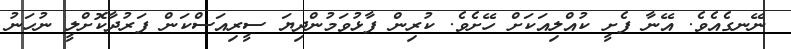
ނޭނގެއެވެ. އޭނާ ފެށީ ކުއްލިއަކަށް ހޭށެވެ. ކުރިން ފާޅުވަމުންދިޔަ ސީރިއަސްކަން ފަރުދާކޮށްލީ ނުހަނު